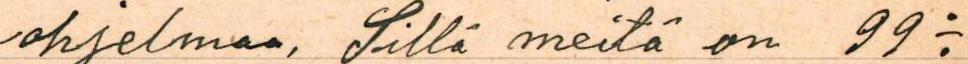
ohjelmaa, Sillä meitä on 99: